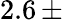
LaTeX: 2.6\, \pm